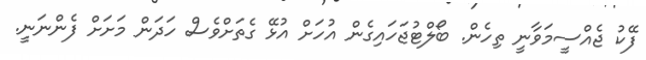
ފޭކު ޖެއްސީމަވާނީ ތިހެން. ބޯލްޓުޖަހައިގެން އުހަށް އުޅޭ ގެތަށްވެސް ހަދަން މަށަށް ފެންނަނީ.